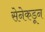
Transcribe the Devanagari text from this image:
सेनेकडून